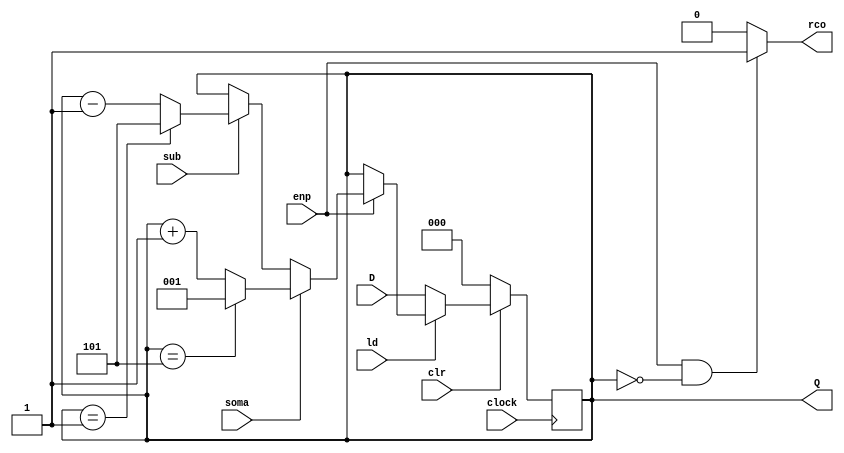

module contador_1_5_mais_menos_limitado ( clock, clr, ld, soma, sub, enp, D, Q, rco);
    input clock, clr, ld, enp, soma, sub;
    input [2:0] D;
    output reg [2:0] Q;
    output reg rco;

    always @ (posedge clock)
        if (~clr)               Q <= 3'b000;
        else if (~ld)           Q <= D;
        else if (enp) begin
            if (soma == 1) begin
                if (Q==3'b101)  Q <= 3'b001;
                else            Q <= Q + 3'b001;
            end        
            else if (sub == 1) begin
                if (Q==3'b001)     Q <= 3'b101;
                else            Q <= Q - 3'b001;
            end
            else                Q <= Q;
        end
        else                    Q <= Q;
 
    always @ (Q or enp)
        if (enp && (Q == 3'b00))   rco = 1;
        else                       rco = 0;
endmodule